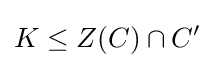
K\leq Z(C)\cap C'